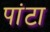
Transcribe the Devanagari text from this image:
पांटा